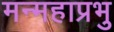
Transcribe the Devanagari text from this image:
मन्महाप्रभु